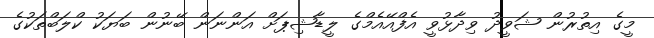
މީގެ އިތުރުން ޝަވީދު ވިދާޅުވީ އެފްއޭއެމްގެ ލީޑާޝިޕަށް އަންނަން ބޭނުން ބަޔަކު ކްލަބްތަކުގެ